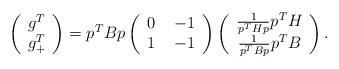
LaTeX: \begin{align*}\left(\begin{array}{c} g^T \\g_+^T\end{array} \right)= p^TBp\left(\begin{array}{cc} 0 & \ -1\\1 & \ -1\end{array} \right)\left(\begin{array}{c} \frac{1}{p^T Hp}p^TH\\ \frac{1}{p^T Bp}p^TB \end{array} \right).\end{align*}